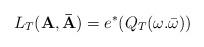
LaTeX: \begin{align*}L_{T}({\bf A},{\bf \bar{A}})=e^{*}(Q_{T}(\omega .\bar{\omega}))\end{align*}